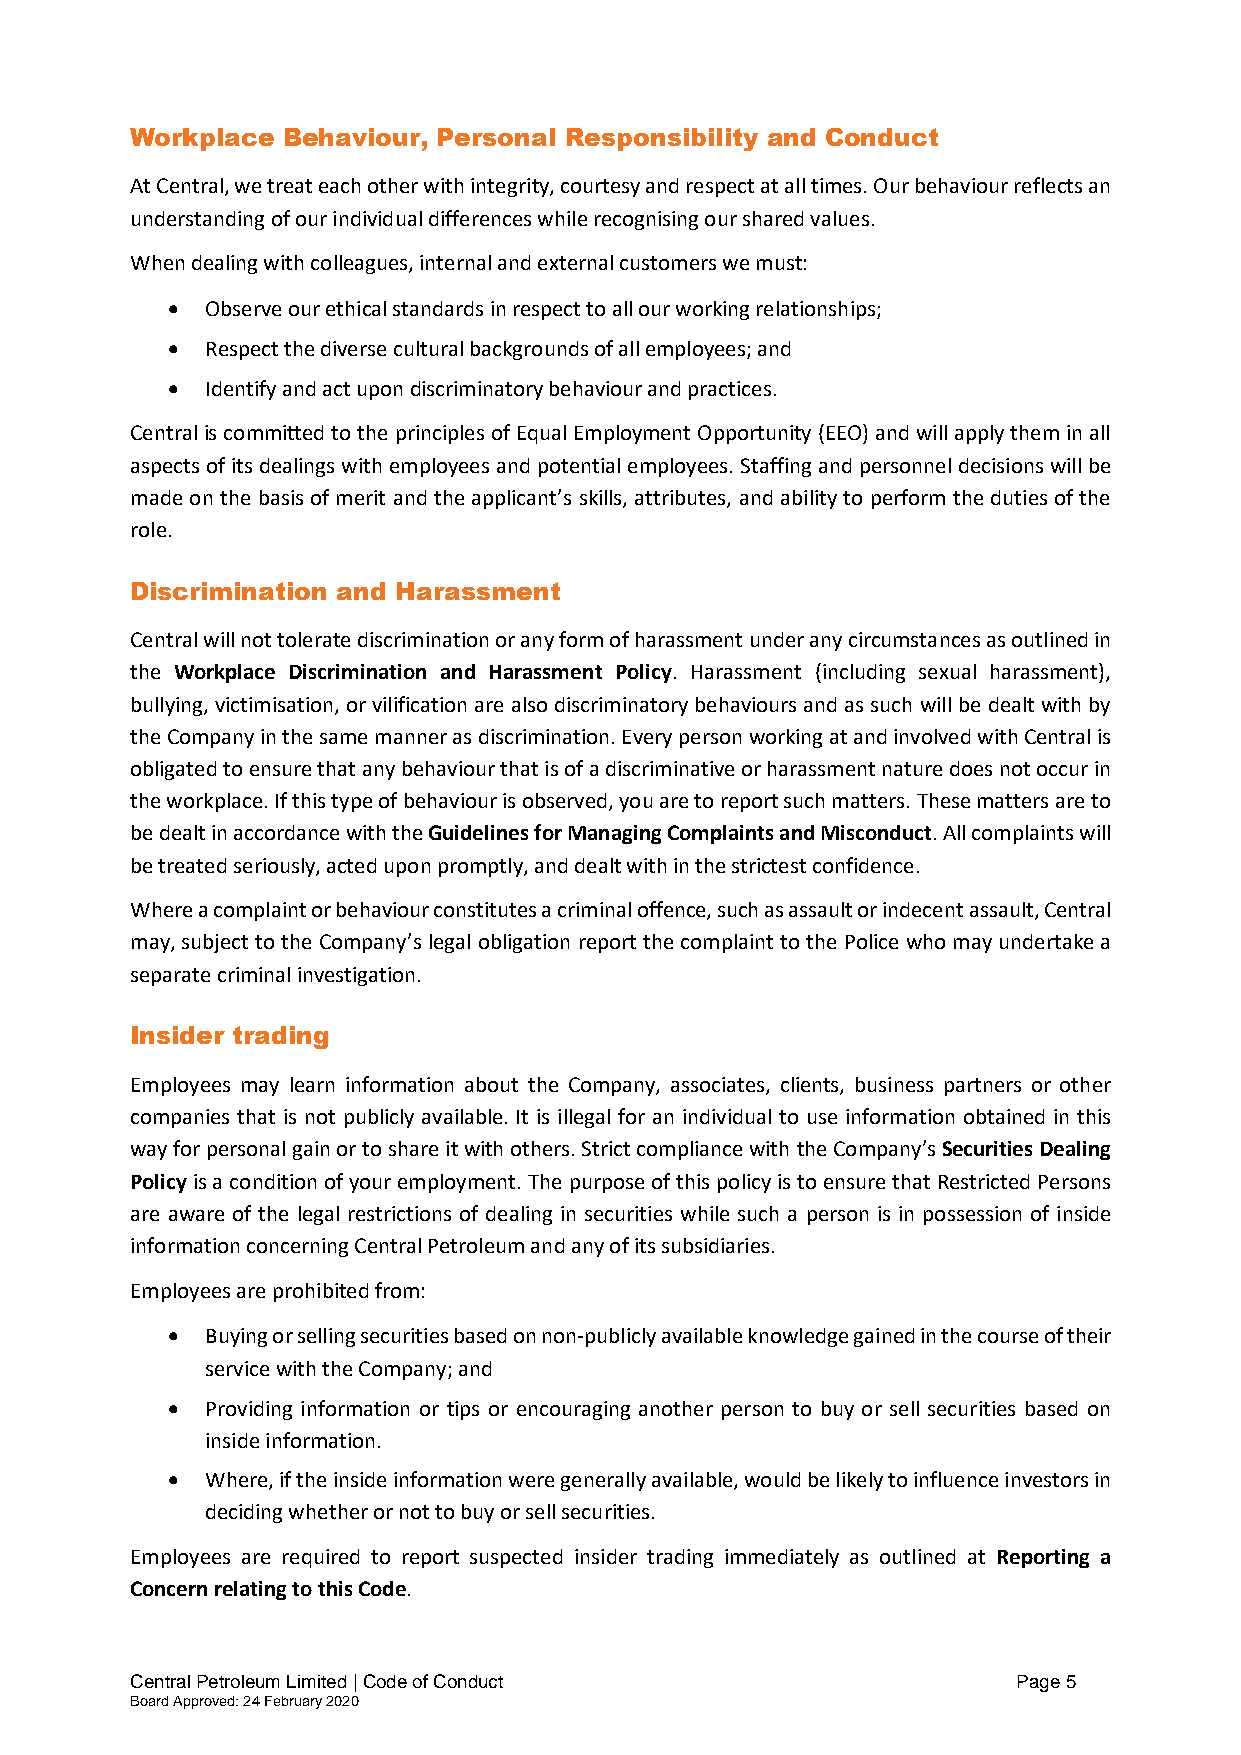
Workplace Behaviour, Personal Responsibility and Conduct
 At Central, we treat each other with integrity, courtesy and respect at all times. Our behaviour reflects an
 understanding of our individual differences while recognising our shared values.
 When dealing with colleagues, internal and external customers we must:
 •  Observe our ethical standards in respect to all our working relationships;
 •  Respect the diverse cultural backgrounds of all employees; and
 •  Identify and act upon discriminatory behaviour and practices.
 Central is committed to the principles of Equal Employment Opportunity (EEO) and will apply them in all
 aspects of its dealings with employees and potential employees. Staffing and personnel decisions will be
 made on the basis of merit and the applicant’s skills, attributes, and ability to perform the duties of the
 role.
 Discrimination and Harassment
 Central will not tolerate discrimination or any form of harassment under any circumstances as outlined in
 the Workplace Discrimination and Harassment Policy. Harassment (including sexual harassment),
 bullying, victimisation, or vilification are also discriminatory behaviours and as such will be dealt with by
 the Company in the same manner as discrimination. Every person working at and involved with Central is
 obligated to ensure that any behaviour that is of a discriminative or harassment nature does not occur in
 the workplace. If this type of behaviour is observed, you are to report such matters. These matters are to
 be dealt in accordance with the Guidelines for Managing Complaints and Misconduct. All complaints will
 be treated seriously, acted upon promptly, and dealt with in the strictest confidence.
 Where a complaint or behaviour constitutes a criminal offence, such as assault or indecent assault, Central
 may, subject to the Company’s legal obligation report the complaint to the Police who may undertake a
 separate criminal investigation.
 Insider trading
 Employees may learn information about the Company, associates, clients, business partners or other
 companies that is not publicly available. It is illegal for an individual to use information obtained in this
 way for personal gain or to share it with others. Strict compliance with the Company’s Securities Dealing
 Policy is a condition of your employment. The purpose of this policy is to ensure that Restricted Persons
 are aware of the legal restrictions of dealing in securities while such a person is in possession of inside
 information concerning Central Petroleum and any of its subsidiaries.
 Employees are prohibited from:
 •  Buying or selling securities based on non-publicly available knowledge gained in the course of their
 service with the Company; and
 •  Providing information or tips or encouraging another person to buy or sell securities based on
 inside information.
 •  Where, if the inside information were generally available, would be likely to influence investors in
 deciding whether or not to buy or sell securities.
 Employees are required to report suspected insider trading immediately as outlined at Reporting a
 Concern relating to this Code.
 Central Petroleum Limited | Code of Conduct               Page 5
 Board Approved: 24 February 2020